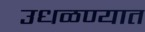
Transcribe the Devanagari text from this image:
उधळण्यात